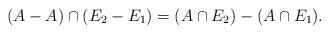
LaTeX: \begin{align*} (A-A) \cap (E_2 - E_1) = (A\cap E_2) - (A\cap E_1).\end{align*}